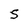
Character: S